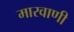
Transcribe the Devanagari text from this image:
मारवाणी